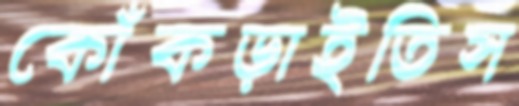
কোঁকড়াইতিস